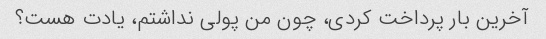
آخرین بار پرداخت کردی، چون من پولی نداشتم، یادت هست؟